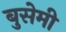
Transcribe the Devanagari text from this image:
बुसेमी